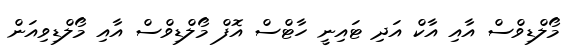
މޯލްޑިވްސް އާއި އާކް އަދި ޓައިނީ ހާޓްސް އޮފް މޯލްޑިވްސް އާއި މޯލްޑިވިއަން